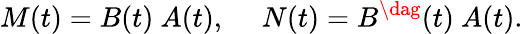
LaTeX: M(t)=B(t)~A(t),~~~~~N(t)=B^{\dag}(t)~A(t).